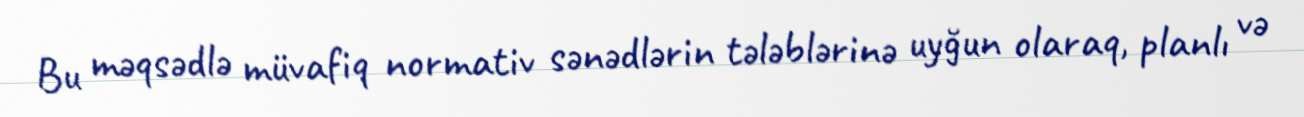
Bu məqsədlə müvafiq normativ sənədlərin tələblərinə uyğun olaraq, planlı və